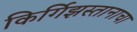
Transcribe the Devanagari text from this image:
किर्गिझस्तानाचा